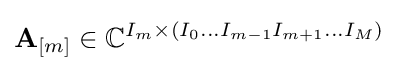
{\bf {A}}_{[m]}\in {\mathbb {C} }^{I_{m}\times (I_{0}\dots I_{m-1}I_{m+1}\dots I_{M})}